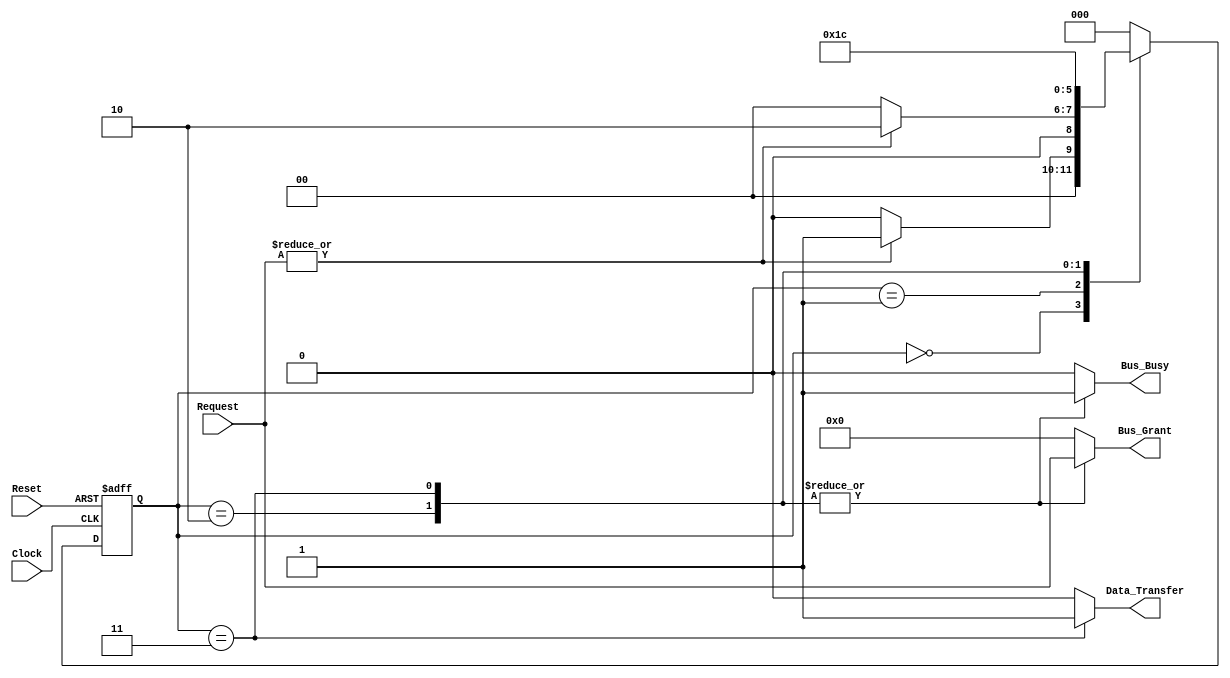
module BusController (
    input wire [NUM_DEVICES-1:0] Request, // Request signals from devices
    input wire Clock,                     // Clock signal
    input wire Reset,                     // Asynchronous reset signal
    output reg [NUM_DEVICES-1:0] Bus_Grant, // Grant signal for the requesting device
    output reg Bus_Busy,                  // Bus busy signal
    output reg Data_Transfer               // Data transfer signal
);

    // Parameters
    parameter NUM_DEVICES = 4; // Number of devices
    parameter IDLE = 3'b000;
    parameter REQUEST = 3'b001;
    parameter GRANT = 3'b010;
    parameter TRANSMIT = 3'b011;
    parameter RELEASE = 3'b100;

    reg [2:0] current_state, next_state;

    // State transition logic
    always @(posedge Clock or posedge Reset) begin
        if (Reset) begin
            current_state <= IDLE;
        end else begin
            current_state <= next_state;
        end
    end

    // Next state logic
    always @(*) begin
        case (current_state)
            IDLE: begin
                if (|Request) begin // Check if any request is active
                    next_state = REQUEST;
                end else begin
                    next_state = IDLE;
                end
            end
            
            REQUEST: begin
                if (|Request) begin // Check if any request is still active
                    next_state = GRANT;
                end else begin
                    next_state = IDLE;
                end
            end
            
            GRANT: begin
                next_state = TRANSMIT; // Move to Transmit state after granting
            end
            
            TRANSMIT: begin
                next_state = RELEASE; // Move to Release state after data transmission
            end
            
            RELEASE: begin
                next_state = IDLE; // Return to Idle state after release
            end
            
            default: next_state = IDLE; // Default state
        endcase
    end

    // Output logic - Moore outputs depend on the current state
    always @(*) begin
        Bus_Grant = 0;
        Bus_Busy = 0;
        Data_Transfer = 0;

        case (current_state)
            IDLE: begin
                Bus_Grant = 0;
                Bus_Busy = 0;
                Data_Transfer = 0;
            end
            
            REQUEST: begin
                Bus_Grant = 0; // No grant in request state
                Bus_Busy = 0;
                Data_Transfer = 0;
            end
            
            GRANT: begin
                Bus_Grant = Request; // Grant access to the requesting device
                Bus_Busy = 1; // Bus is busy
                Data_Transfer = 0; // No data transfer yet
            end
            
            TRANSMIT: begin
                Bus_Grant = Request; // Continue granting access
                Bus_Busy = 1; // Bus is busy
                Data_Transfer = 1; // Data transfer is occurring
            end
            
            RELEASE: begin
                Bus_Grant = 0; // No grant during release
                Bus_Busy = 0; // Bus is not busy
                Data_Transfer = 0; // No data transfer
            end
        endcase
    end

endmodule